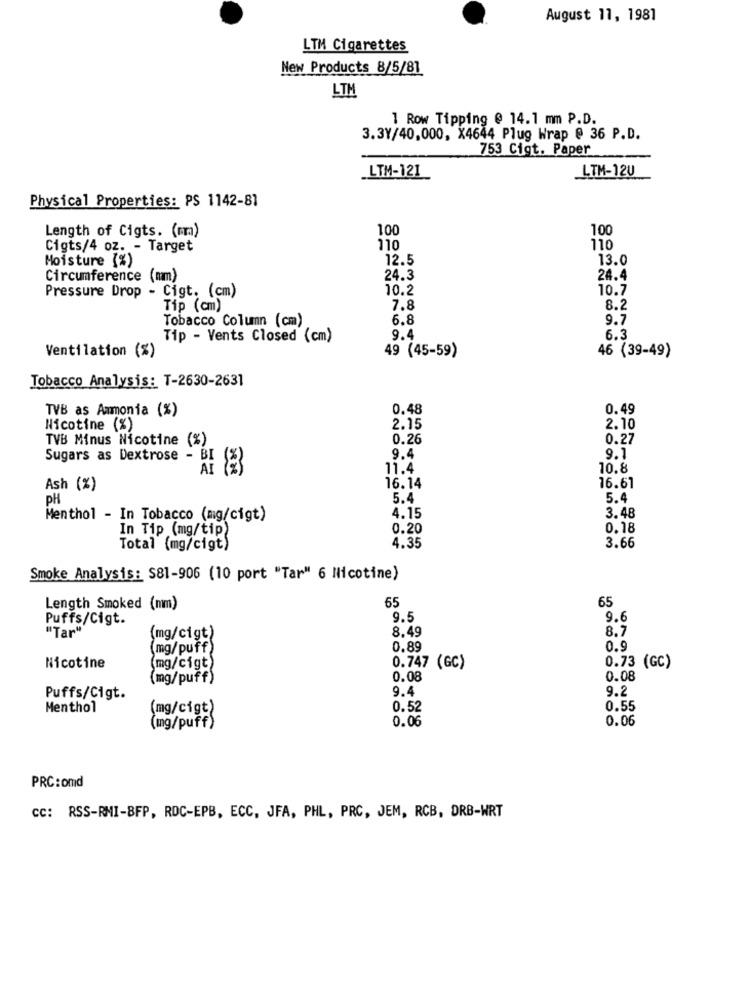
August 11, 1981
LTM Cigarettes
New Products 8/5/81
LTM
1 Row Tipping @ 14.1 mm P.D.
3.3Y/40,000, X4644 Plug Wrap @ 36 P.D.
753 Cigt. Paper
LTM-121
LTM-12U
Physical Properties: PS 1142-81
Length of Cigts. (mm)
100
100
Cigts/4 oz. - Target
110
110
Moisture (%)
12.5
13.0
Circumference (mm)
24.3
24.4
Pressure Drop - Cigt. (cm)
10.2
10.7
Tip (cm)
7.8
8.2
Tobacco Column (cm)
6.8
9.7
Tip - Vents Closed (cm)
9.4
6.3
49 (45-59)
46 (39-49)
Ventilation (%)
Tobacco Analysis: T-2630-2631
TVB as Ammonia (%)
0.48
0.49
Nicotine (%)
2.15
2.10
TVB Minus Nicotine (%)
0.26
0.27
9.4
Sugars as Dextrose - BI
9.1
AT
11.4
10.8
16.61
Ash (%)
16.14
PH
5.4
5.4
Menthol - In Tobacco (mg/cigt)
4.15
3.48
In Tip (mg/tip)
0.20
0.18
Total (mg/cigt)
4.35
3.66
Smoke Analysis: S81-906 (10 port "Tar" 6 Nicotine)
65
65
Length Smoked (mm)
Puffs/Cigt.
9.5
9.6
"Tar"
8.49
8.7
mg/cigt)
(mg/puff)
0.89
0.9
Nicotine
mg/cigt)
0.747 (GC)
0.73 (GC)
(mg/puff)
0.08
0.08
9.4
9.2
Puffs/Cigt.
Menthol
(mg/cigt)
0.52
0.55
0.06
0.06
(mg/puff)
PRC: omd
cc: RSS-RMI-BFP, RDC-EPB, ECC, JFA, PHL, PRC, JEM, RCB, DRB-WRT